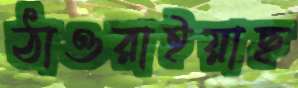
ঠাওরাইয়াছ